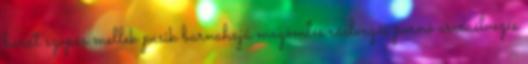
barát szopás mellek pasik barnahajú magömlés ráélvezős pornó arcraélvezés